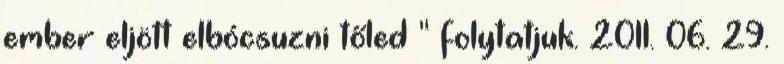
ember eljött elbócsuzni tőled " folytatjuk. 2011. 06. 29.